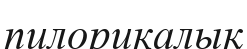
пилорикалық